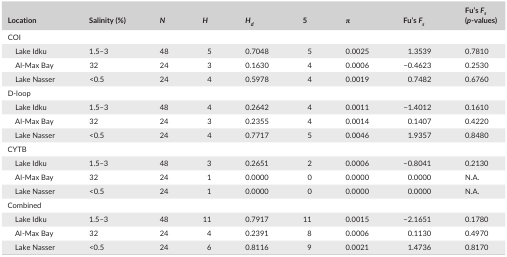
<table><thead><tr><td><b>Location</b></td><td><b>Salinity (%)</b></td><td><b><i>N</i></b></td><td><b><i>H</i></b></td><td><b><i>H</i><sub><i>d</i></sub></b></td><td><b>5</b></td><td><b>π</b></td><td><b>Fu&#x27;s <i>F</i><sub><i>s</i></sub></b></td><td><b>Fu&#x27;s <i>F</i><sub><i>s</i></sub> (<i>p</i>‐values)</b></td></tr></thead><tbody><tr><td colspan="9">COI</td></tr><tr><td>Lake Idku</td><td>1.5–3</td><td>48</td><td>5</td><td>0.7048</td><td>5</td><td>0.0025</td><td>1.3539</td><td>0.7810</td></tr><tr><td>Al‐Max Bay</td><td>32</td><td>24</td><td>3</td><td>0.1630</td><td>4</td><td>0.0006</td><td>−0.4623</td><td>0.2530</td></tr><tr><td>Lake Nasser</td><td>&lt;0.5</td><td>24</td><td>4</td><td>0.5978</td><td>4</td><td>0.0019</td><td>0.7482</td><td>0.6760</td></tr><tr><td colspan="9">D‐loop</td></tr><tr><td>Lake Idku</td><td>1.5–3</td><td>48</td><td>4</td><td>0.2642</td><td>4</td><td>0.0011</td><td>−1.4012</td><td>0.1610</td></tr><tr><td>Al‐Max Bay</td><td>32</td><td>24</td><td>3</td><td>0.2355</td><td>4</td><td>0.0014</td><td>0.1407</td><td>0.4220</td></tr><tr><td>Lake Nasser</td><td>&lt;0.5</td><td>24</td><td>4</td><td>0.7717</td><td>5</td><td>0.0046</td><td>1.9357</td><td>0.8480</td></tr><tr><td colspan="9">CYTB</td></tr><tr><td>Lake Idku</td><td>1.5–3</td><td>48</td><td>3</td><td>0.2651</td><td>2</td><td>0.0006</td><td>−0.8041</td><td>0.2130</td></tr><tr><td>Al‐Max Bay</td><td>32</td><td>24</td><td>1</td><td>0.0000</td><td>0</td><td>0.0000</td><td>0.0000</td><td>N.A.</td></tr><tr><td>Lake Nasser</td><td>&lt;0.5</td><td>24</td><td>1</td><td>0.0000</td><td>0</td><td>0.0000</td><td>0.0000</td><td>N.A.</td></tr><tr><td colspan="9">Combined</td></tr><tr><td>Lake Idku</td><td>1.5–3</td><td>48</td><td>11</td><td>0.7917</td><td>11</td><td>0.0015</td><td>−2.1651</td><td>0.1780</td></tr><tr><td>Al‐Max Bay</td><td>32</td><td>24</td><td>4</td><td>0.2391</td><td>8</td><td>0.0006</td><td>0.1130</td><td>0.4970</td></tr><tr><td>Lake Nasser</td><td>&lt;0.5</td><td>24</td><td>6</td><td>0.8116</td><td>9</td><td>0.0021</td><td>1.4736</td><td>0.8170</td></tr></tbody></table>